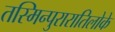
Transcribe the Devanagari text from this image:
तस्मिन्पुरारातिलोके